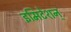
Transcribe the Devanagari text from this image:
इमिटेशन्